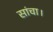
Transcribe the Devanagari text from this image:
सांचा।